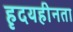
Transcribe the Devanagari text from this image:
हृदयहीनता